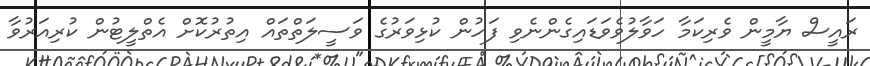
ރައީސް ޔާމީން ވެރިކަމާ ހަވާލުވެވަޑައިގެންނެވި ފަހުން ކުޅިވަރުގެ ވަސީލަތްތައް އިތުރުކޮށް އެތްލީޓުން ކުރިއަރުވާ